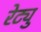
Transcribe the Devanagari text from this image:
रेट्यु